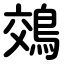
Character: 鵁